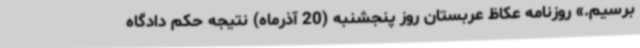
برسیم.» روزنامه عکاظ عربستان روز پنجشنبه (20 آذرماه) نتیجه حکم دادگاه